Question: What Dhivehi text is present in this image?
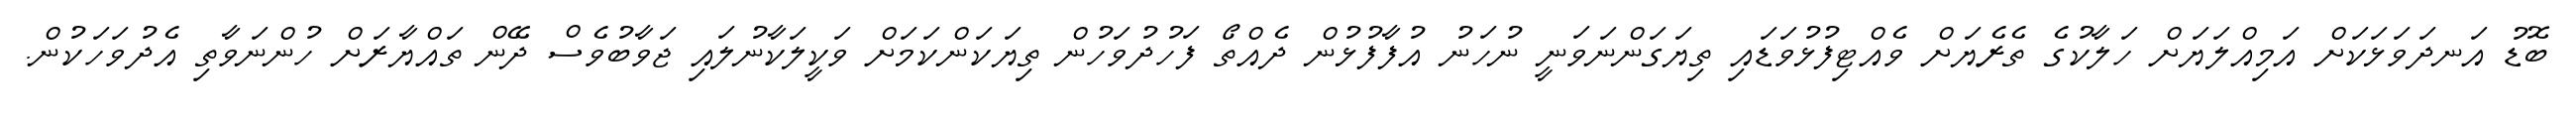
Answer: ބޮޑު އަނދަވަޅަކަށް އަމިއްލަޔަށް ހަލާކުގެ ތެރެޔަށް ވެއްޓިފުޅުވަޑައި ތިޔަގަންނަވަނީ ނުހަނު އުފާފުޅުން ދެއްތޯ ފަހުދުވަހުން ތިޔަކަންކަމަށް ވަކީލަކާނުލައި ޖަވާބުވެސް ދޭން ތައްޔާރަށް ހުންނަވާތި އެދުވަހަކުން.